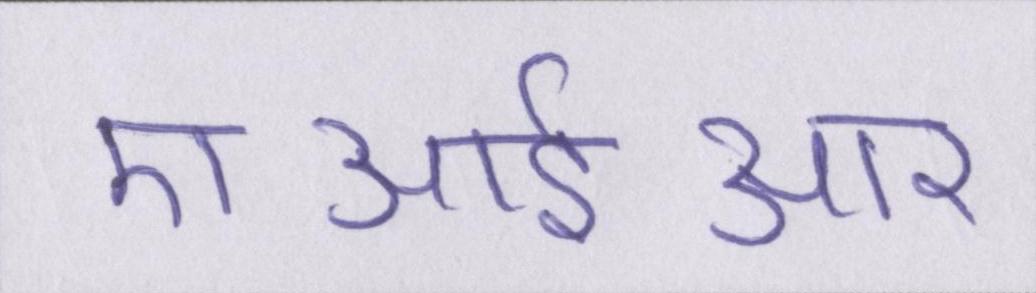
एआईआर